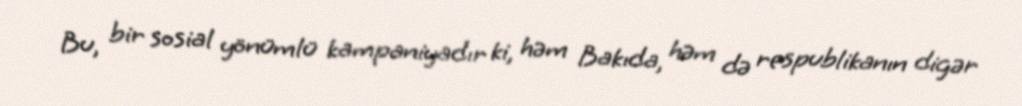
Bu, bir sosial yönümlü kampaniyadır ki, həm Bakıda, həm də respublikanın digər